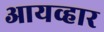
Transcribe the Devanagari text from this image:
आयव्हार